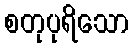
စတုပုရိသော